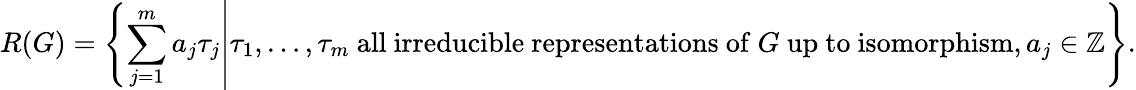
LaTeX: R(G)=\left\{ \left.\sum_{j=1}^{m}a_{j}\tau_{j}\right|\tau_{1},\ldots,\tau_{m}{\mathrm{~all~irreducible~representations~of~}}G{\mathrm{~up~to~isomorphism}},a_{j}\in\mathbb{Z}\right\} .